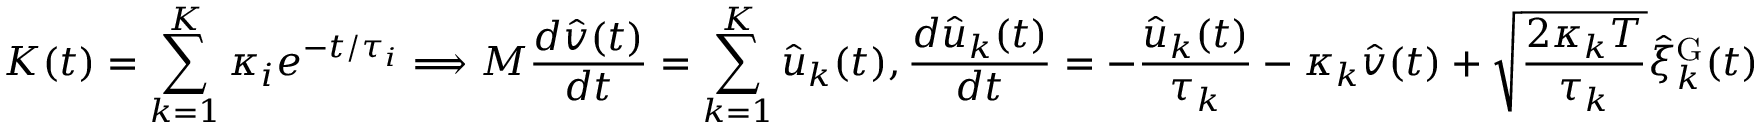
K ( t ) = \sum _ { k = 1 } ^ { K } \kappa _ { i } e ^ { - t / \tau _ { i } } \Longrightarrow M \frac { d \hat { v } ( t ) } { d t } = \sum _ { k = 1 } ^ { K } \hat { u } _ { k } ( t ) , \frac { d \hat { u } _ { k } ( t ) } { d t } = - \frac { \hat { u } _ { k } ( t ) } { \tau _ { k } } - \kappa _ { k } \hat { v } ( t ) + \sqrt { \frac { 2 \kappa _ { k } T } { \tau _ { k } } } \hat { \xi } _ { k } ^ { \mathrm { G } } ( t )